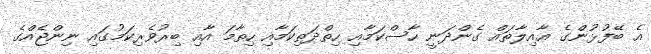
އެ ބޭފުޅުންގެ ޢާއިލާތައް ގެންދަނީ ހާސްކަމާއި ހިތްދަތިކަމާއި ހިތާމަ އާއި ބިރުވެރިކަމުގައި ނިންޖެއްގެ